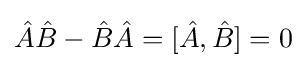
{\hat {A}}{\hat {B}}-{\hat {B}}{\hat {A}}=[{\hat {A}},{\hat {B}}]=0